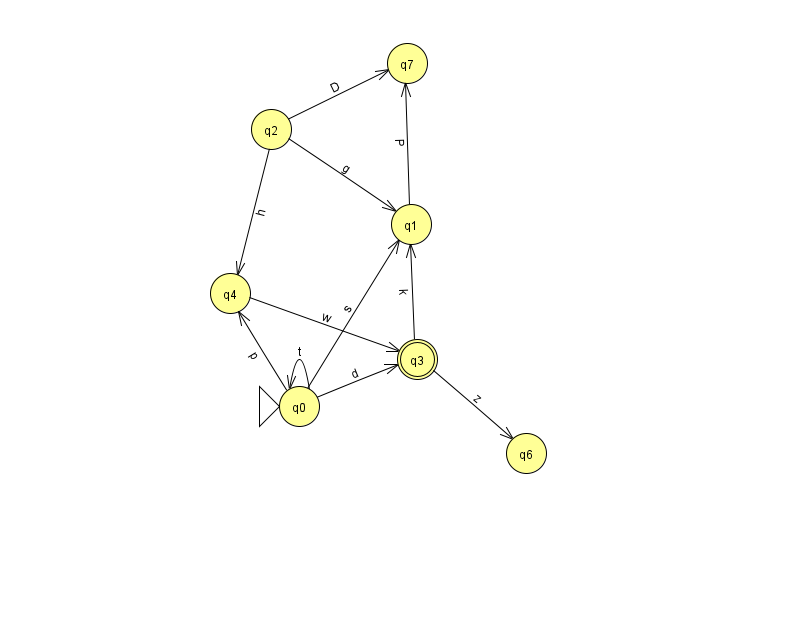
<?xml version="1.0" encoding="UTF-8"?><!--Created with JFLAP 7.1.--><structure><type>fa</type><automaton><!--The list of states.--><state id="0" name="q0"><x>299.0</x><y>393.0</y><initial/></state><state id="1" name="q1"><x>411.0</x><y>211.0</y></state><state id="2" name="q2"><x>271.0</x><y>116.0</y></state><state id="3" name="q3"><x>417.0</x><y>346.0</y><final/></state><state id="4" name="q4"><x>230.0</x><y>280.0</y></state><state id="6" name="q6"><x>526.0</x><y>440.0</y></state><state id="7" name="q7"><x>407.0</x><y>50.0</y></state><!--The list of transitions.--><transition><from>0</from><to>1</to><read>s</read></transition><transition><from>1</from><to>7</to><read>P</read></transition><transition><from>0</from><to>0</to><read>t</read></transition><transition><from>3</from><to>1</to><read>k</read></transition><transition><from>4</from><to>3</to><read>w</read></transition><transition><from>3</from><to>6</to><read>z</read></transition><transition><from>0</from><to>3</to><read>d</read></transition><transition><from>2</from><to>4</to><read>h</read></transition><transition><from>0</from><to>4</to><read>p</read></transition><transition><from>2</from><to>7</to><read>D</read></transition><transition><from>2</from><to>1</to><read>g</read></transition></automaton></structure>